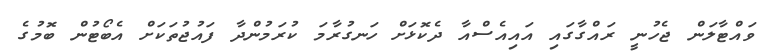
ވައްޓާލަން ޖެހުނީ ރައްގާގައި އައިއެސްއާ ދެކޮޅަށް ހަނގުރާމަ ކުރަމުންދާ ފައުޖުތަކަށް އެބޯޓުން ބޮމުގެ